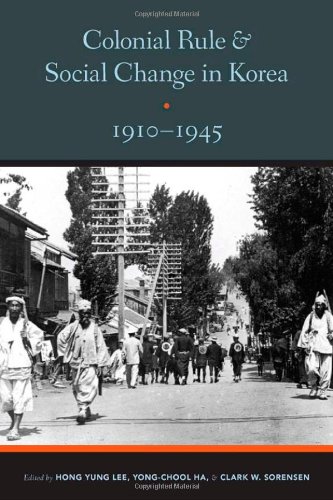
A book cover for Colonial Rule and Social Change in Korea, 1910-1945 (Center For Korea Studies Publications); History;